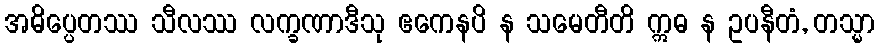
အဓိပ္ပေတဿ သီလဿ လက္ခဏာဒီသု ဧကေနပိ န သမေတီတိ ဣဓ န ဥပနီတံ, တသ္မာ